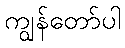
ကျွန်တော်ပါ